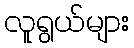
လူရွယ်များ